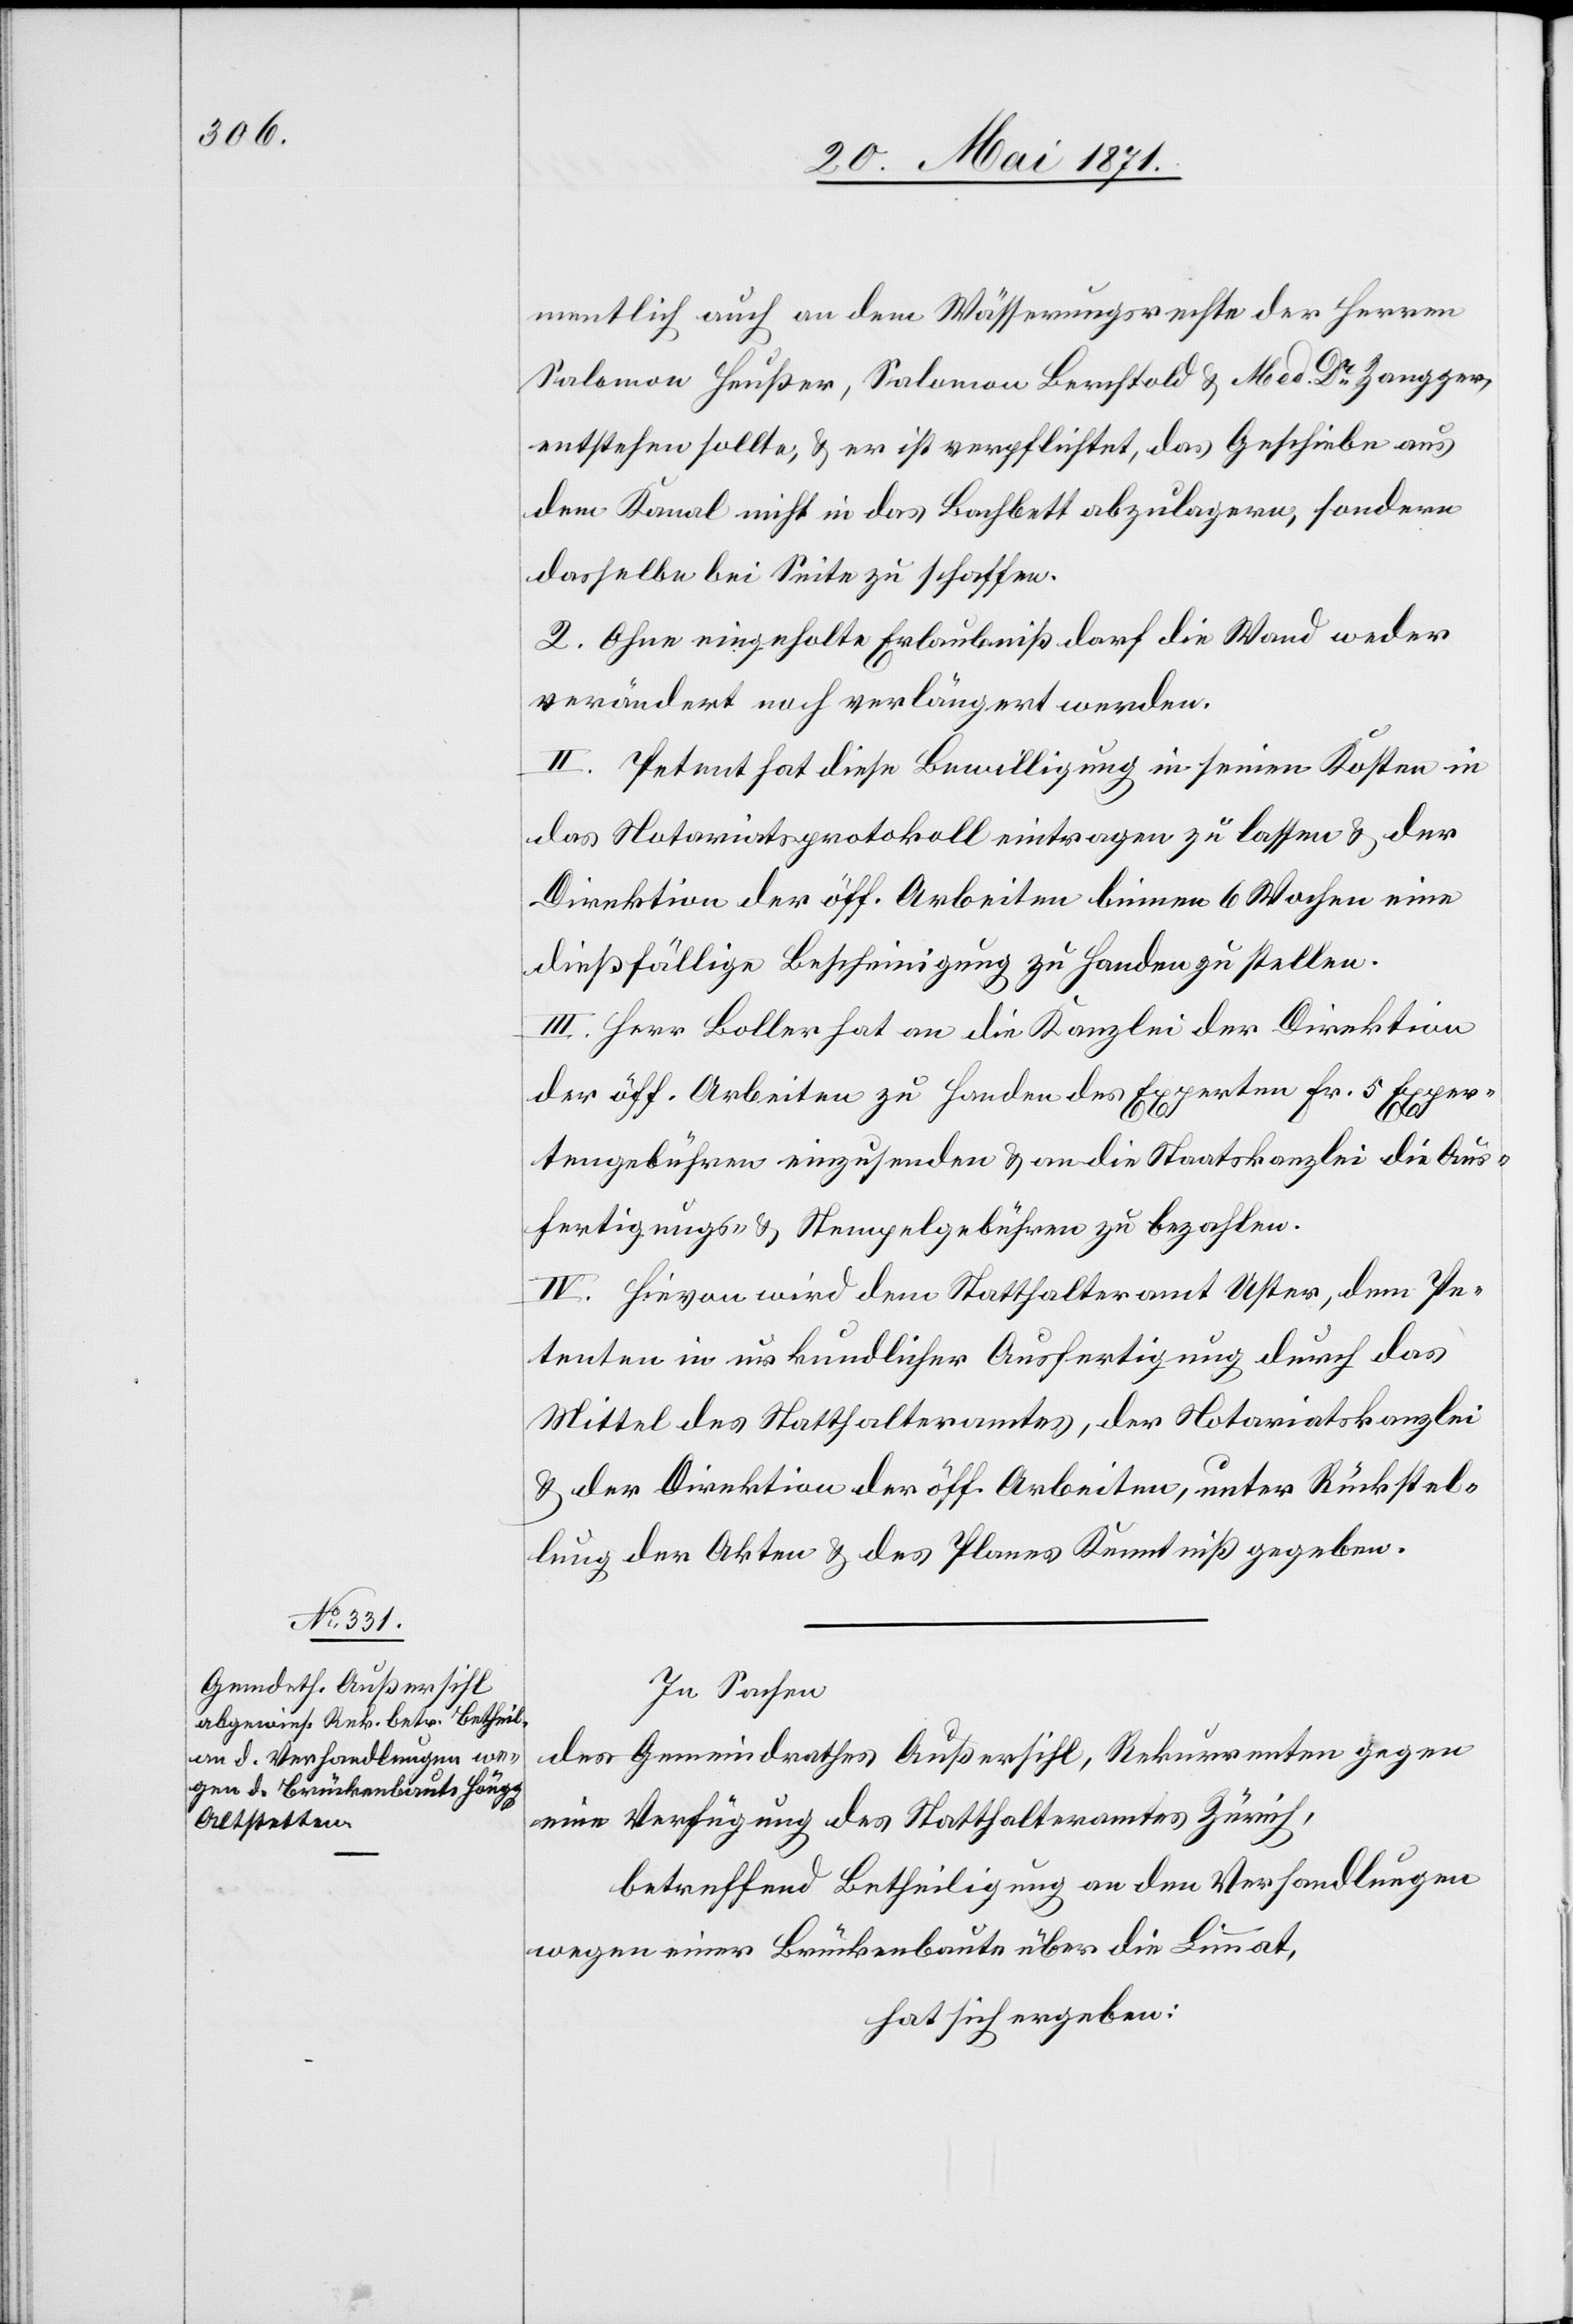
mentlich auch an dem Wässerungsrechte der Herren
Salomon Heußer, Salomon Berchtold u. Med. Dr. Zangger,
entstehen sollte, u. er ist verpflichtet, das Geschiebe aus
dem Kanal nicht in das Bachbett abzulagern, sondern
dasselbe bei Seite zu schaffen.
2. Ohne eingeholte Erlaubniß darf die Wand weder
verändert noch verlängert werden.
II. Petent hat diese Bewilligung in seinen Kosten in
das Notariatsprotokoll eintragen zu lassen u. der
Direktion der öff. Arbeiten binnen 6 Wochen eine
dießfällige Bescheinigung zu Handen zu stellen.
III. Herr Boller hat an die Kanzlei der Direktion
der öff. Arbeiten zu Handen des Experten Fr. 5 Exper¬
tengebühren einzusenden u. an die Staatskanzlei die Aus¬
fertigungs- u. Stempelgebühren zu bezahlen.
IV. Hievon wird dem Statthalteramt Uster, dem Pe¬
tenten in urkundlicher Ausfertigung durch das
Mittel des Statthalteramtes, der Notariatskanzlei
u. der Direktion der öff. Arbeiten, unter Rückstel¬
lung der Akten u. des Planes Kenntniß gegeben.
In Sachen
Gemeindrathes Außersihl, Rekurrenten gegen
des
eine Verfügung des Statthalteramt Zürich,
betreffend Betheiligung an den Verhandlungen
wegen einer Brückenbaute über die Limmat,
hat sich ergeben: